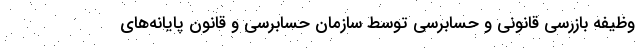
وظیفه بازرسی قانونی و حسابرسی توسط سازمان حسابرسی و قانون پایانه‌های